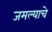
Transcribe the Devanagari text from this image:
जमल्याचे